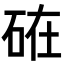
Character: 𥒒